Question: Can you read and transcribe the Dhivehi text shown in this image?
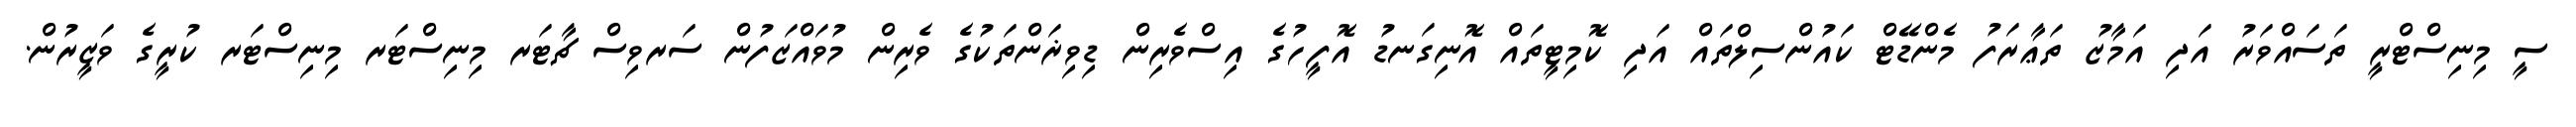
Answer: ސީ މިނިސްޓްރީ ތަސައްވަރު އަދި އަމާޒު ތަޢާރަފު މެންޑޭޓް ކައުންސިލްތައް އަދި ކޮމިޓީތައް އޮނިގަނޑު އޮފީހުގެ އިސްވެރިން ޑިވިޜަންތަކުގެ ވެރިން މުވައްޒަފުން ސަރވިސް ޗާޓަރ މިނިސްޓަރ މިނިސްޓަރ ކުރީގެ ވަޒީރުން.